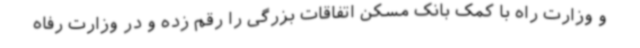
و وزارت راه با کمک بانک مسکن اتفاقات بزرگی را رقم زده و در وزارت رفاه